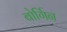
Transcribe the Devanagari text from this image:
बोर्गिन